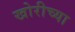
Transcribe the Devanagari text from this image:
खोरीच्या